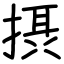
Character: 摂